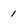
Character: 1